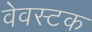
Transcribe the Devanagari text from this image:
वेवस्टक